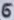
Text: 6